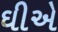
ઘીએ